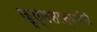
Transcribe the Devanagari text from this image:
कृष्णसरस्वतींनी